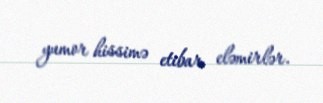
yumor hissimə etibar eləmirlər.